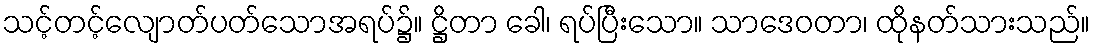
သင့်တင့်လျောတ်ပတ်သောအရပ်၌။ ဋ္ဌိတာ ခေါ၊ ရပ်ပြီးသော။ သာဒေဝတာ၊ ထိုနတ်သားသည်။